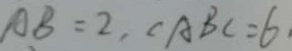
A B = 2 , \angle A B C = 6